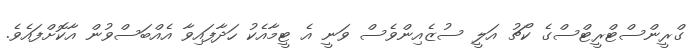
ގްރީންސްޓްރީޓްސްގެ ކޯޗު އަލީ ސުޒެއިންވެސް ވަނީ އެ ޓީމާއެކު ހަދާފައިވާ އެއްބަސްވުން އާކޮށްފައެވެ.